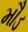
મૌડ